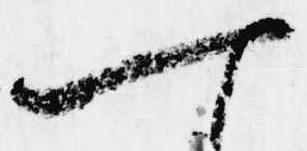
一